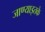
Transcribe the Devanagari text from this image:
जाण्याइतके